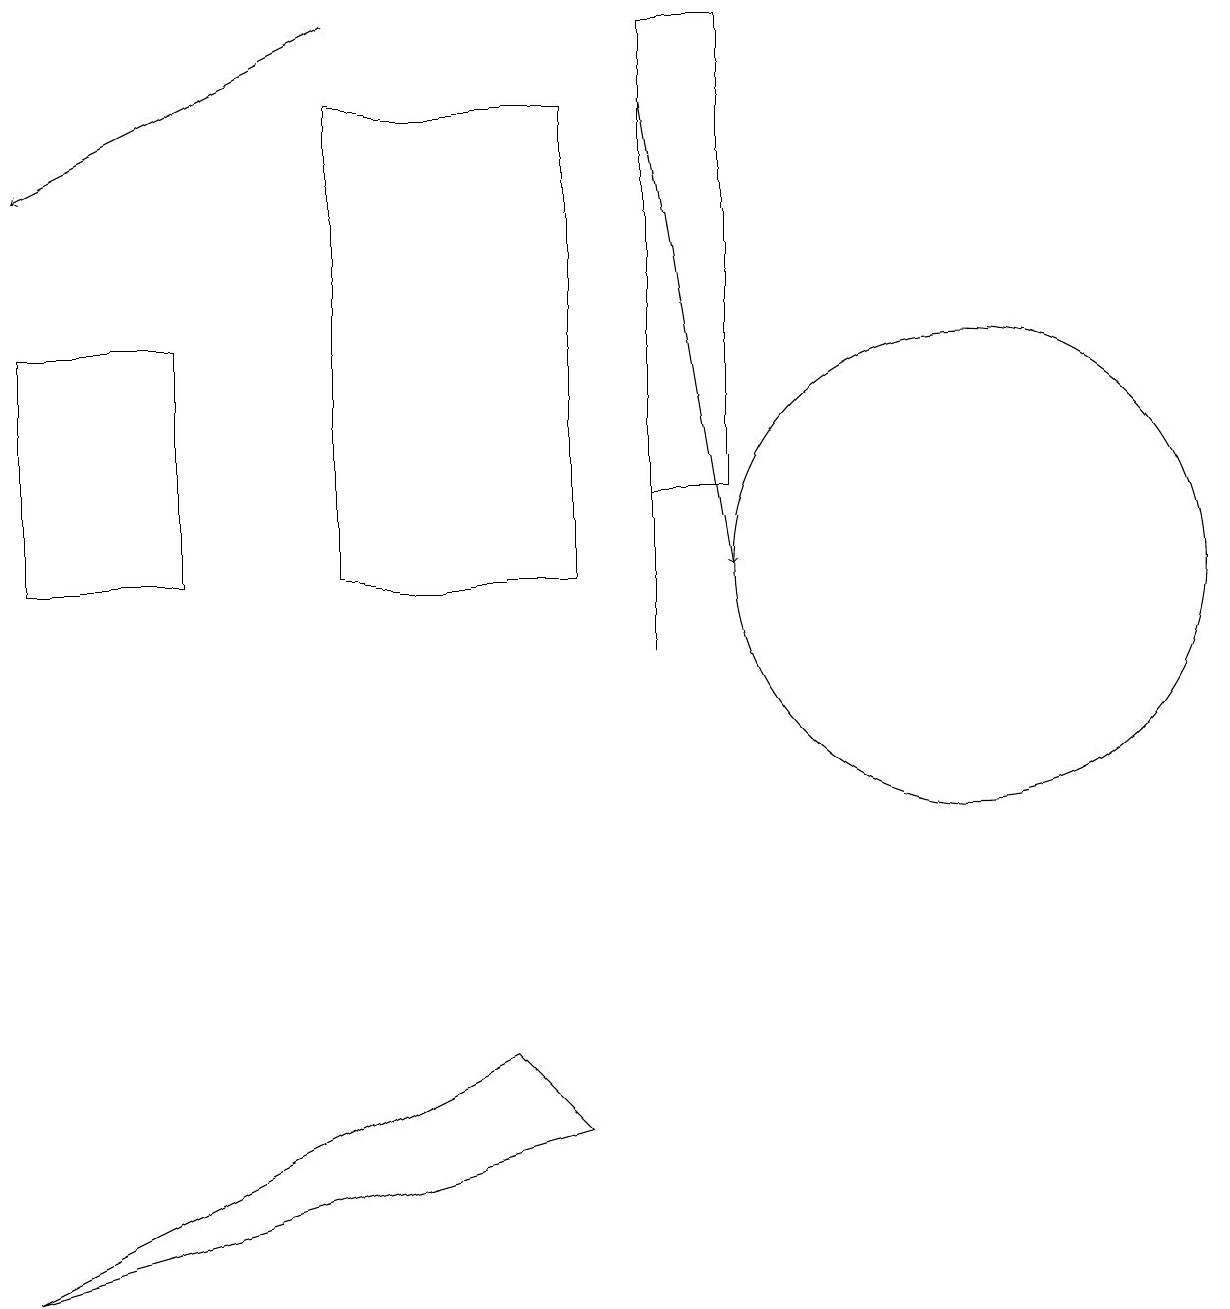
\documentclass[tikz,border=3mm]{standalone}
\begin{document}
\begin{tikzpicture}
\draw (4,17) rectangle (7,11);
\draw (6,5) -- (7,4) -- (0,2) -- cycle;
\draw (8,10) rectangle (8,18);
\draw[->] (8,17) -- (9,11);
\draw[->] (4,18) -- (0,16);
\draw (12,11) circle (3);
\draw (8,18) rectangle (9,12);
\draw (0,14) rectangle (2,11);
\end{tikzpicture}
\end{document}